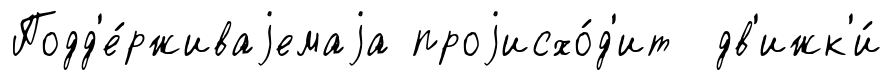
Подд'е́рживаjемаjа проjисхо́д'ит дв'ижк'и́